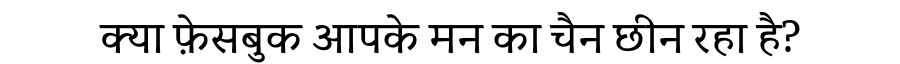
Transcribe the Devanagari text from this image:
क्या फ़ेसबुक आपके मन का चैन छीन रहा है?